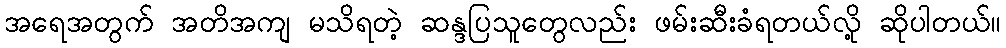
အရေအတွက် အတိအကျ မသိရတဲ့ ဆန္ဒပြသူတွေလည်း ဖမ်းဆီးခံရတယ်လို့ ဆိုပါတယ်။